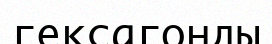
гексагонды